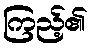
ကြည့်၏